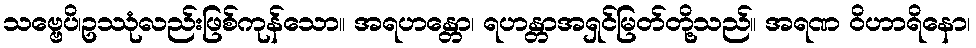
သဗ္ဗေပိ၊ဥဿုံလည်းဖြစ်ကုန်သော။ အရဟန္တော၊ ရဟန္တာအရှင်မြတ်တို့သည်။ အရဏ ဝိဟာရိနော၊